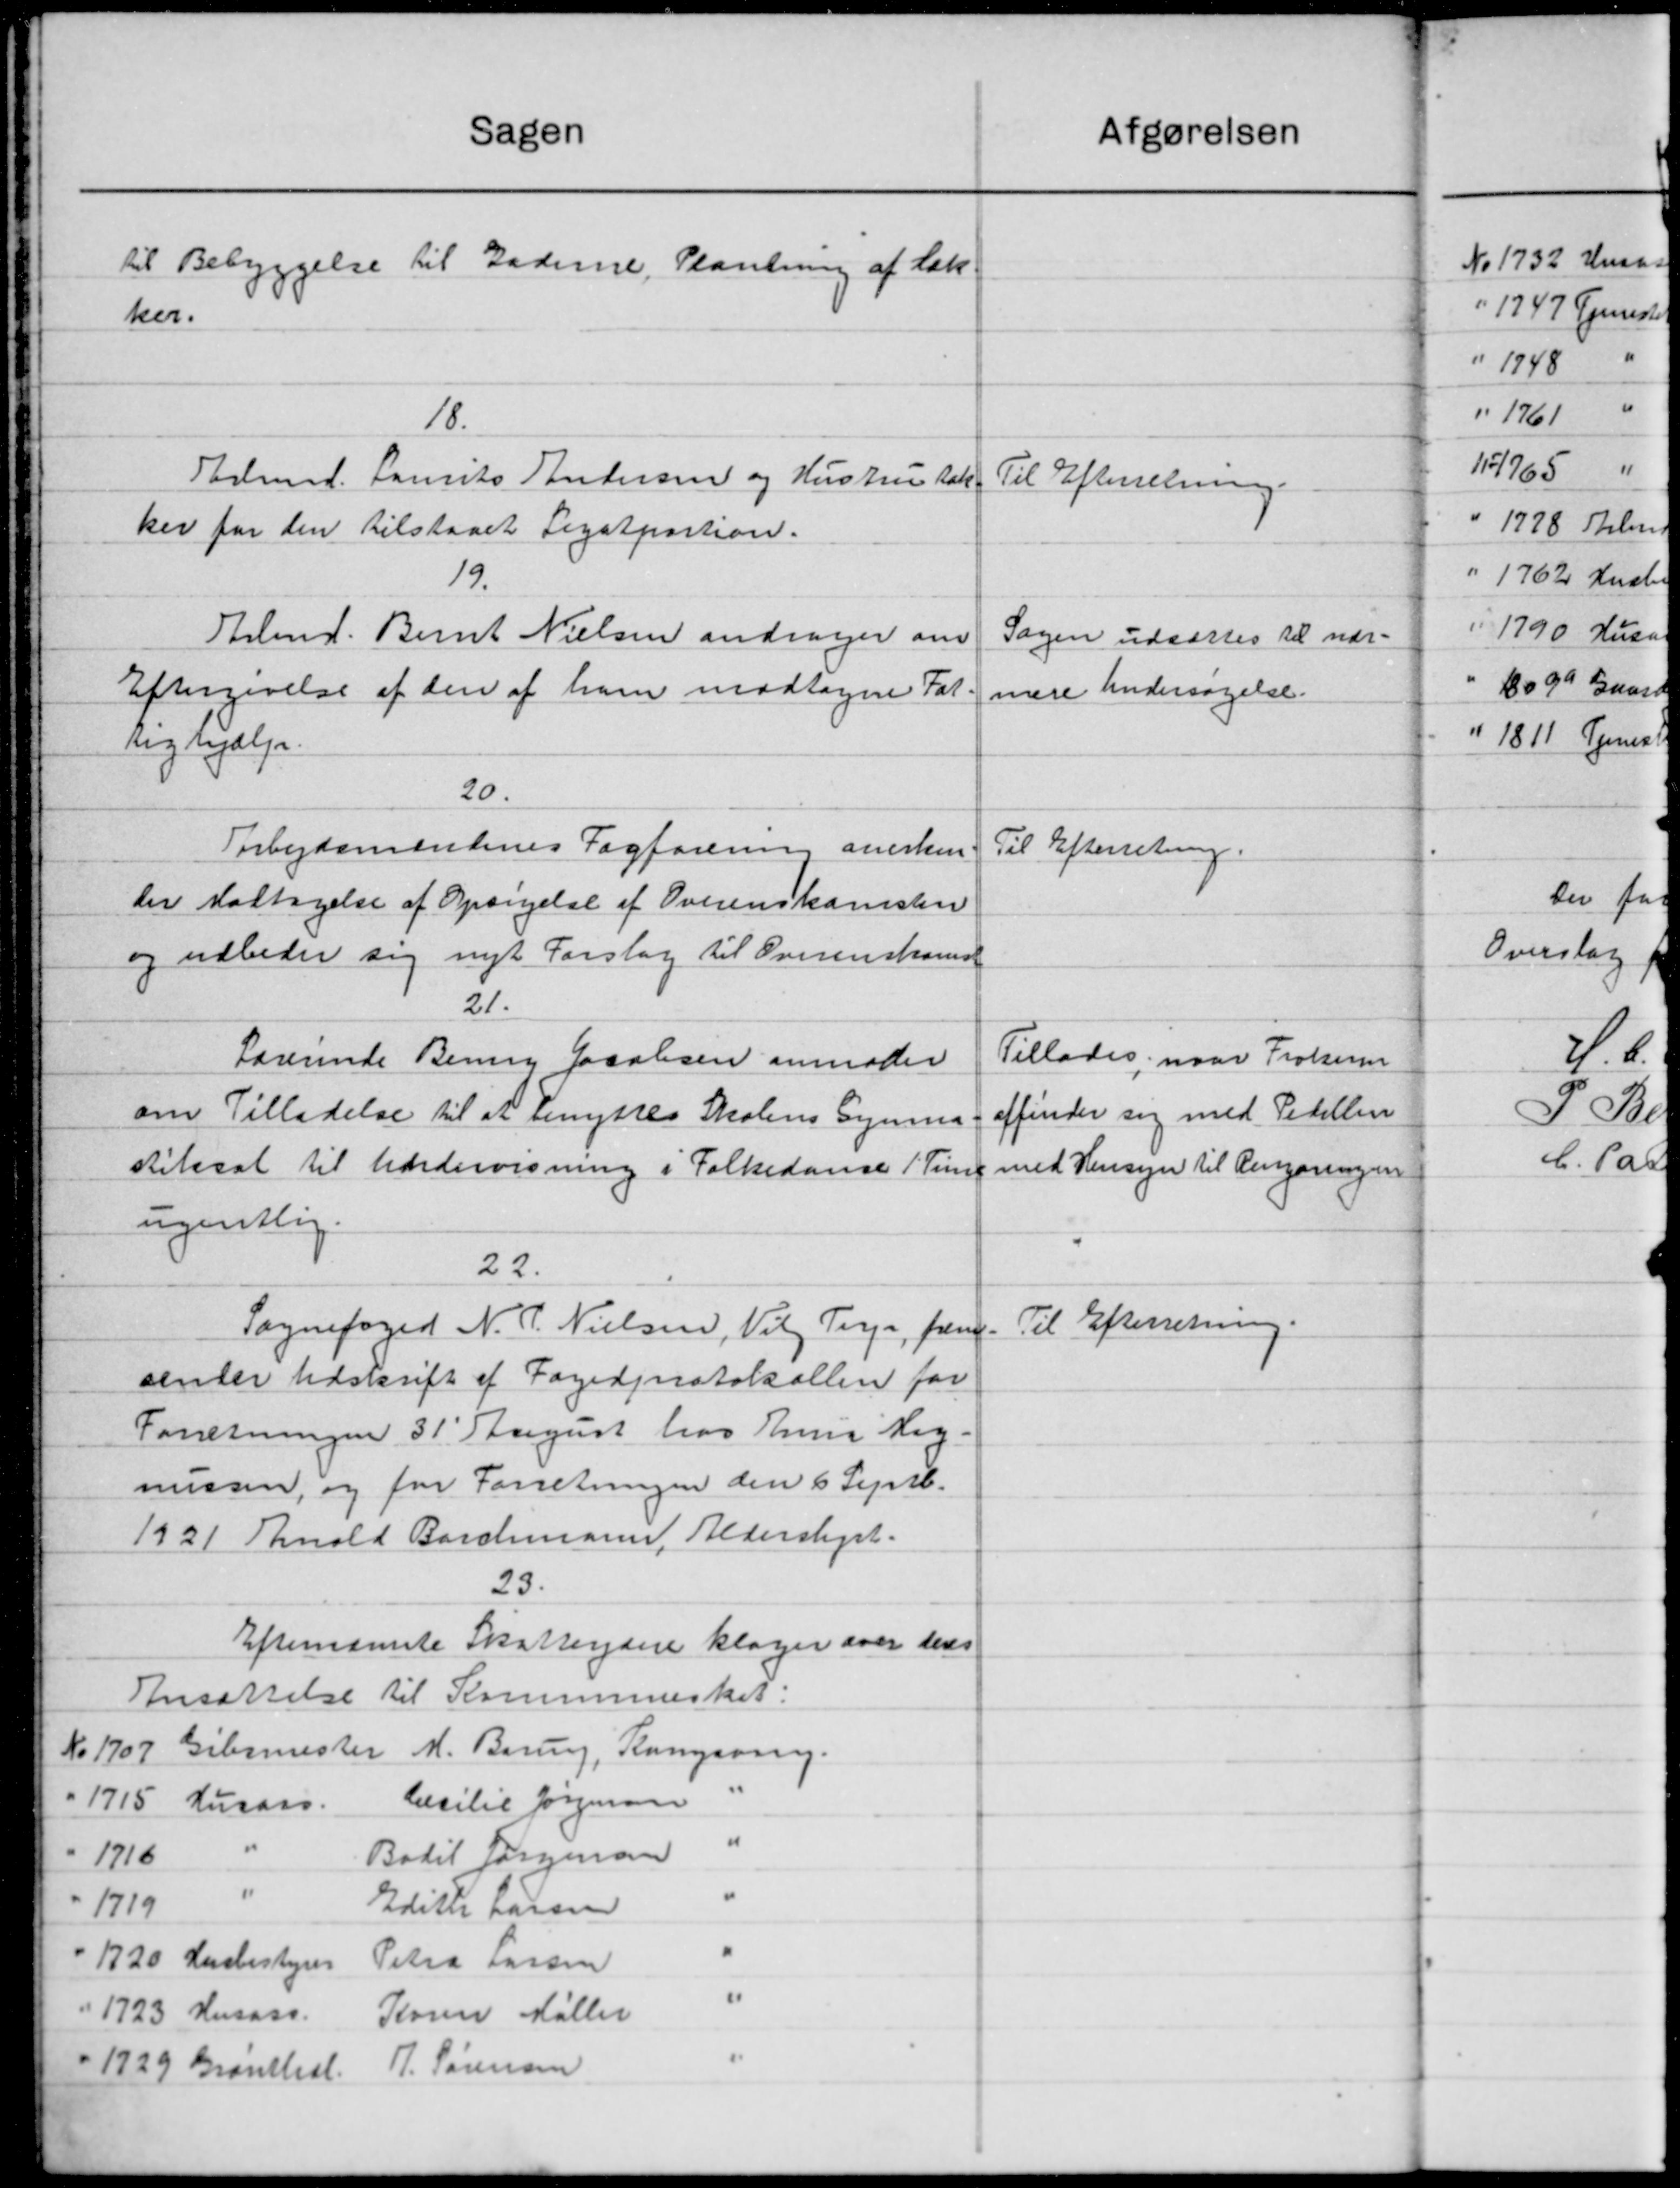
Transskription:
Sagen
til Bebyggelse til Gaderne, Plantning af Lak
ker.
18.
Arbmd. Laurits Andersen og Hustru tak
ker for den tilstaaet Legatpartion.
19.
Arbmd. Bernt Nielsen andrager om
Eftergivelse af den af ham modtagne Fat
tighjælp.
20.
Tarbejdsmændenes Fagforening anerken
der Modtagelse af Opsigelse af Overenskomsten
og udbeder sig nyt Forslag til Overenskomst
21.
Lærerinde Benny Jacobsen anmoder
om Tilladelse til at benyttes Skolens Eyning
stilssat til Undervisning i Folkedance 1 Tim
ugentlig.
22.
Sognefoged N. P. Nielsen, Vil Terp, frem-
senter Udskrift af Fogedenrotokollen for
Forretningen 31 August hos Anne Nig-
mussen, og for Forretningen den 6 Septb.
1921 hold Barchmann, Alderskyst.
23.
Efterretninge Skatteydere klager over dens
Ansættelse til Kommuneskat:
No 1707 Gibrmester M. Borum, Rangsving.
Cecilie Jørgensen
" 1715 Husass.
"
Bodil Jørgensen
1716
"
Editer passen
1719
1720 Husbestyrer
Petra Larsen
"
1723 Husass.
Karen Møller
P. Sørensen
" 1729 Granthal.